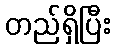
တည်ရှိပြီး